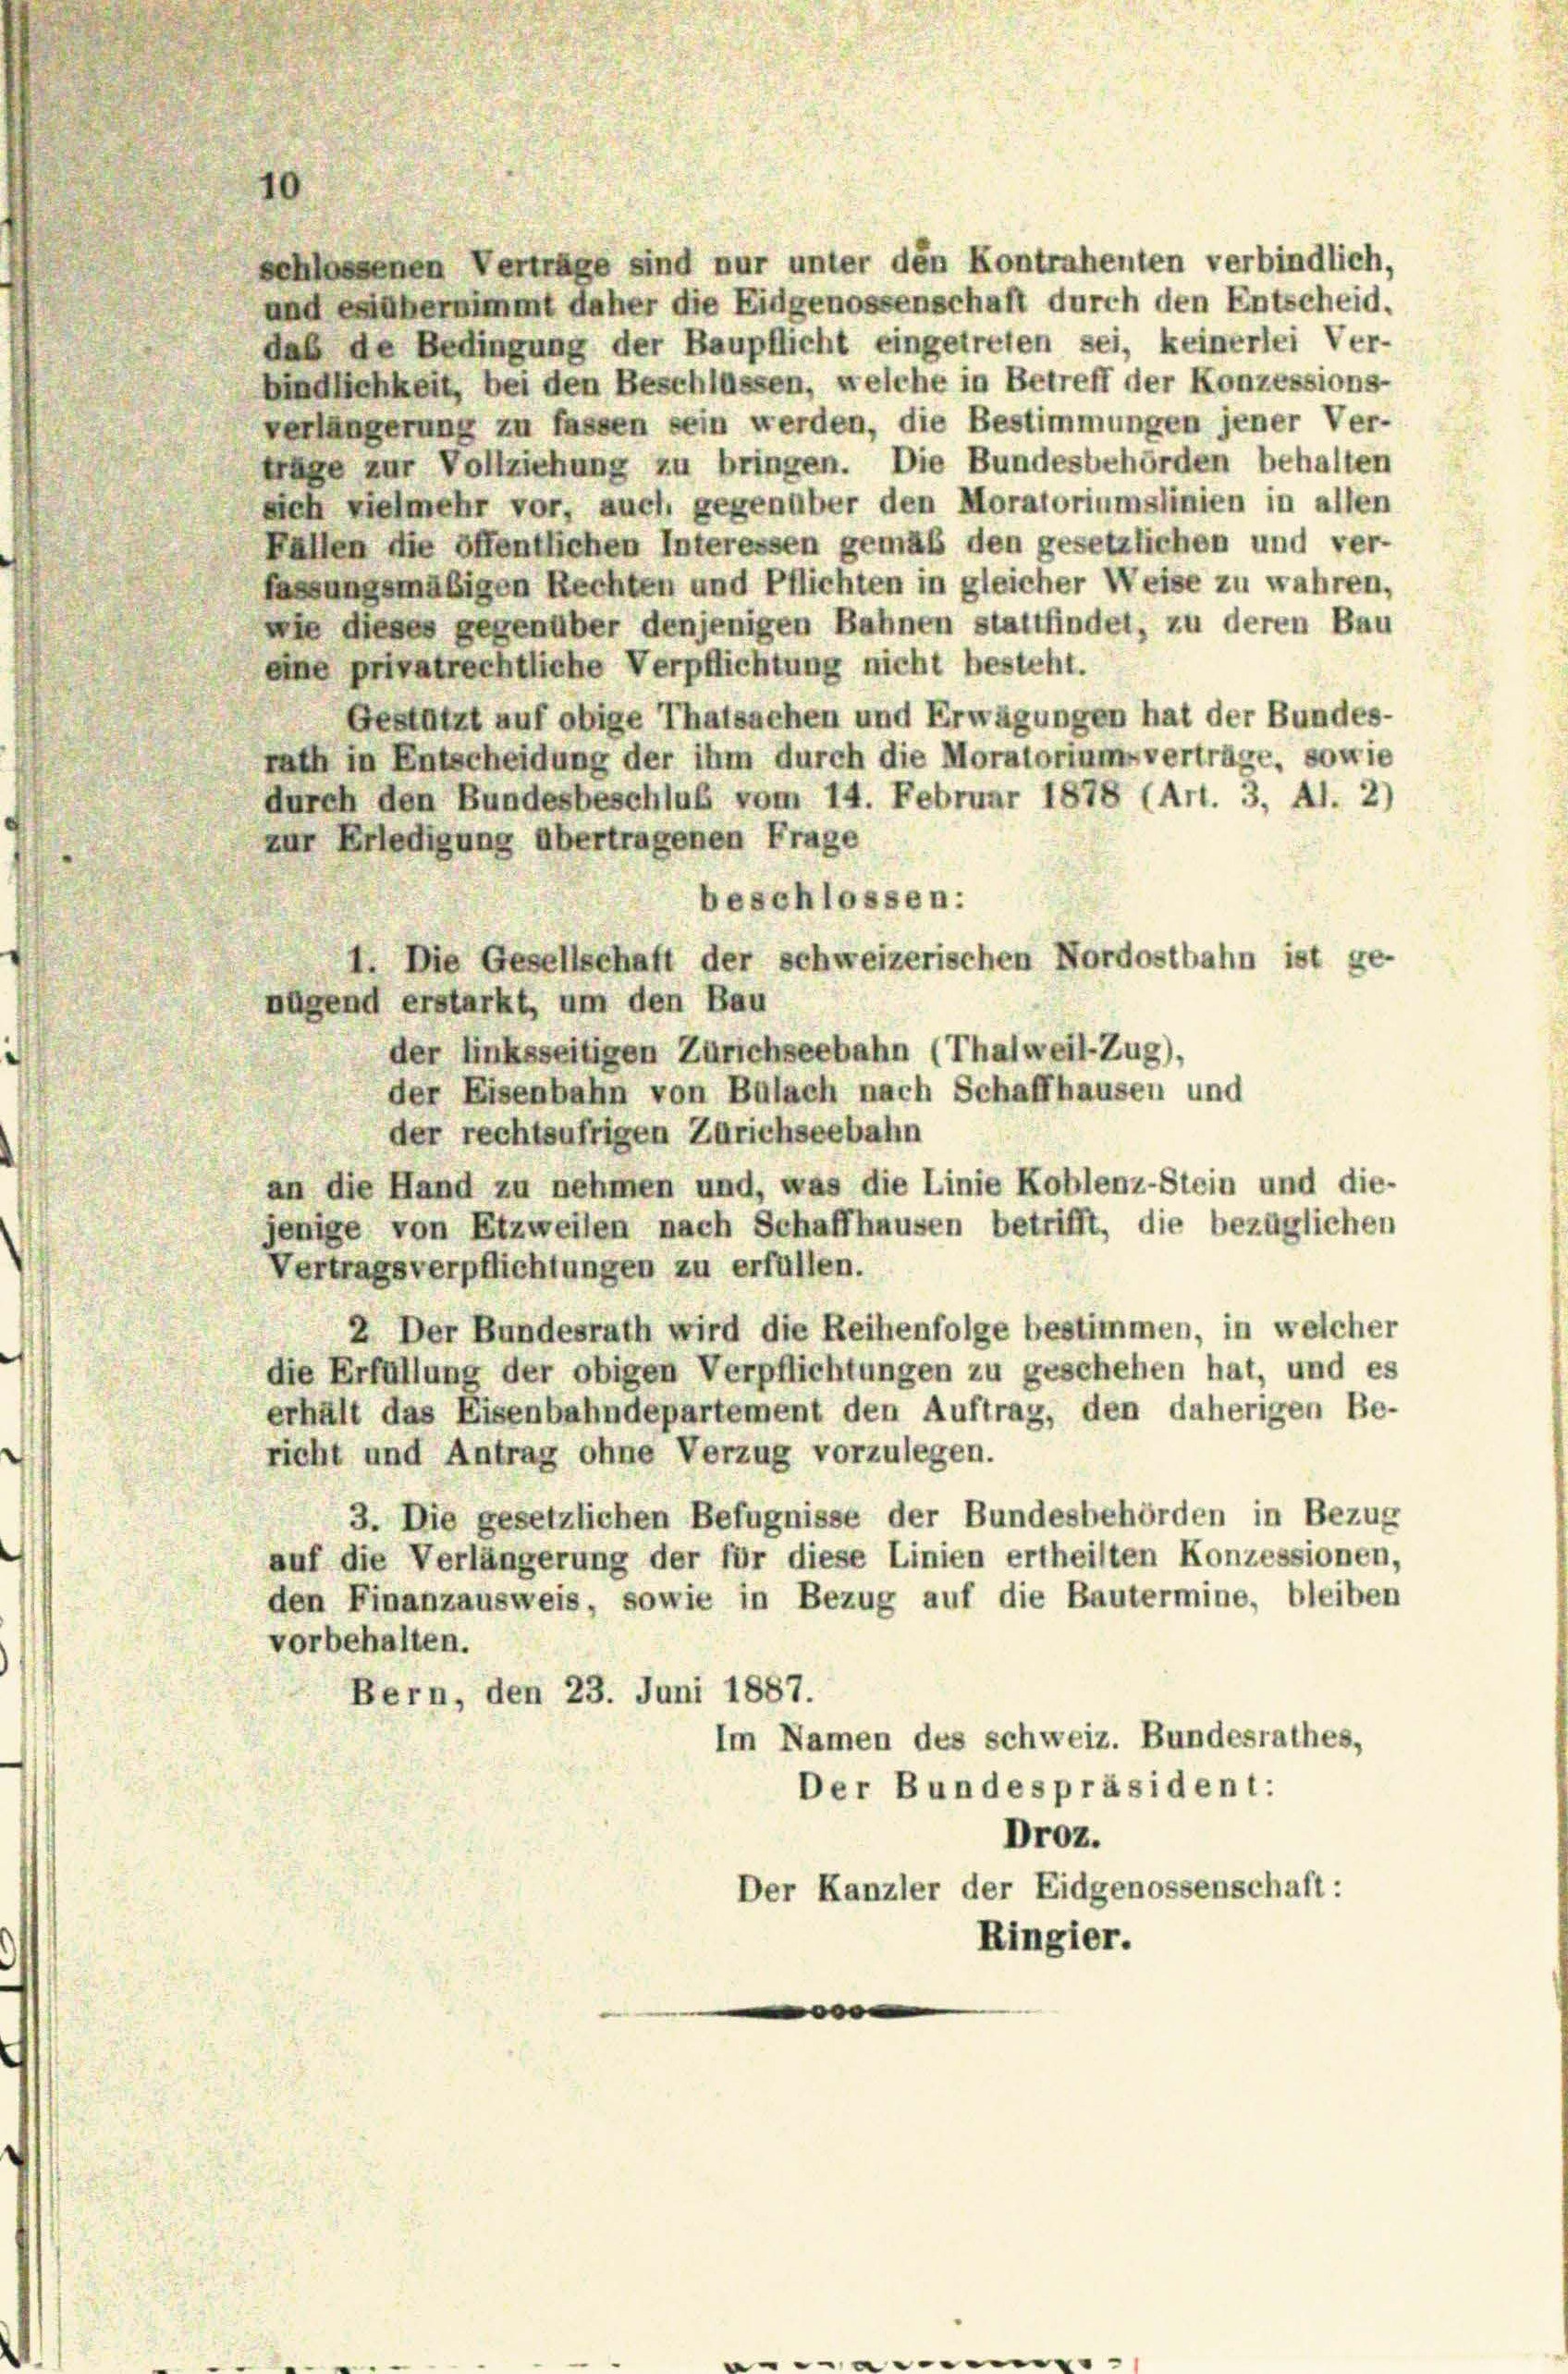
schlossenen Verträge sind nur unter den Kontrahenten verbindlich,
und es übernimmt daher die Eidgenossenschaft durch den Entscheid.
das de Bedingung der Baupflicht eingetreten sei, keinerlei Ver-
bindlichkeit, bei den Beschlüssen, welche in Betreff der Konzessions-
verlängerung zu fassen sein werden, die Bestimmungen jener Ver-
träge zur Vollziehung zu bringen. Die Bundesbehörden behalten

sich vielmehr vor, auch, gegenüber den Moratoriumslinien in allen
Fallen die öffentlichen Interessen gemäß den gesetzlichen und ver-
fassungsmäßigen Rechten und Pflichten in gleicher Weise zu wahren,
wie dieses gegenüber denjenigen Bahnen stattfindet, zu deren Bau
eine privatrechtliche Verpflichtung nicht besteht.
Gestützt auf obige Thatsachen und Erwägungen hat der Bundes-
rath in Entscheidung der ihm durch die Moratorium verträge, sowie
durch den Bundesbeschluß vom 14. Februar 1878 (Art. 3, Al. 2)
zur Erledigung übertragenen Frage
beschlossen:
1. Die Gesellschaft der schweizerischen Nordostbahn ist ge-
nügend erstarkt, um den Bau
der linksseitigen Zürichseebahn (Thalweil-Zug),
der Eisenbahn von Bülach nach Schaffhausen und
der rechtsufrigen Zürichseebahn
an die Hand zu nehmen und, was die Linie Koblenz-Stein und die-
jenige von Etzweilen nach Schaffhausen betrifft, die bezüglichen
Vertragsverpflichtungen zu erfüllen.
2 Der Bundesrath wird die Reihenfolge bestimmen, in welcher
die Erfüllung der obigen Verpflichtungen zu geschehen hat, und es
erhält das Eisenbahndepartement den Auftrag, den daherigen Be-
richt und Antrag ohne Verzug vorzulegen.
3. Die gesetzlichen Befugnisse der Bundesbehörden in Bezug
auf die Verlängerung der für diese Linien ertheilten Konzessionen,
den Finanzausweis, sowie in Bezug auf die Bautermine, bleiben
vorbehalten.
Bern, den 23. Juni 1887.
Im Namen des Schweiz. Bundesrathes,
Der Bundespräsident:
Droz.
Der Kanzler der Eidgenossenschaft:
Ringier.
e